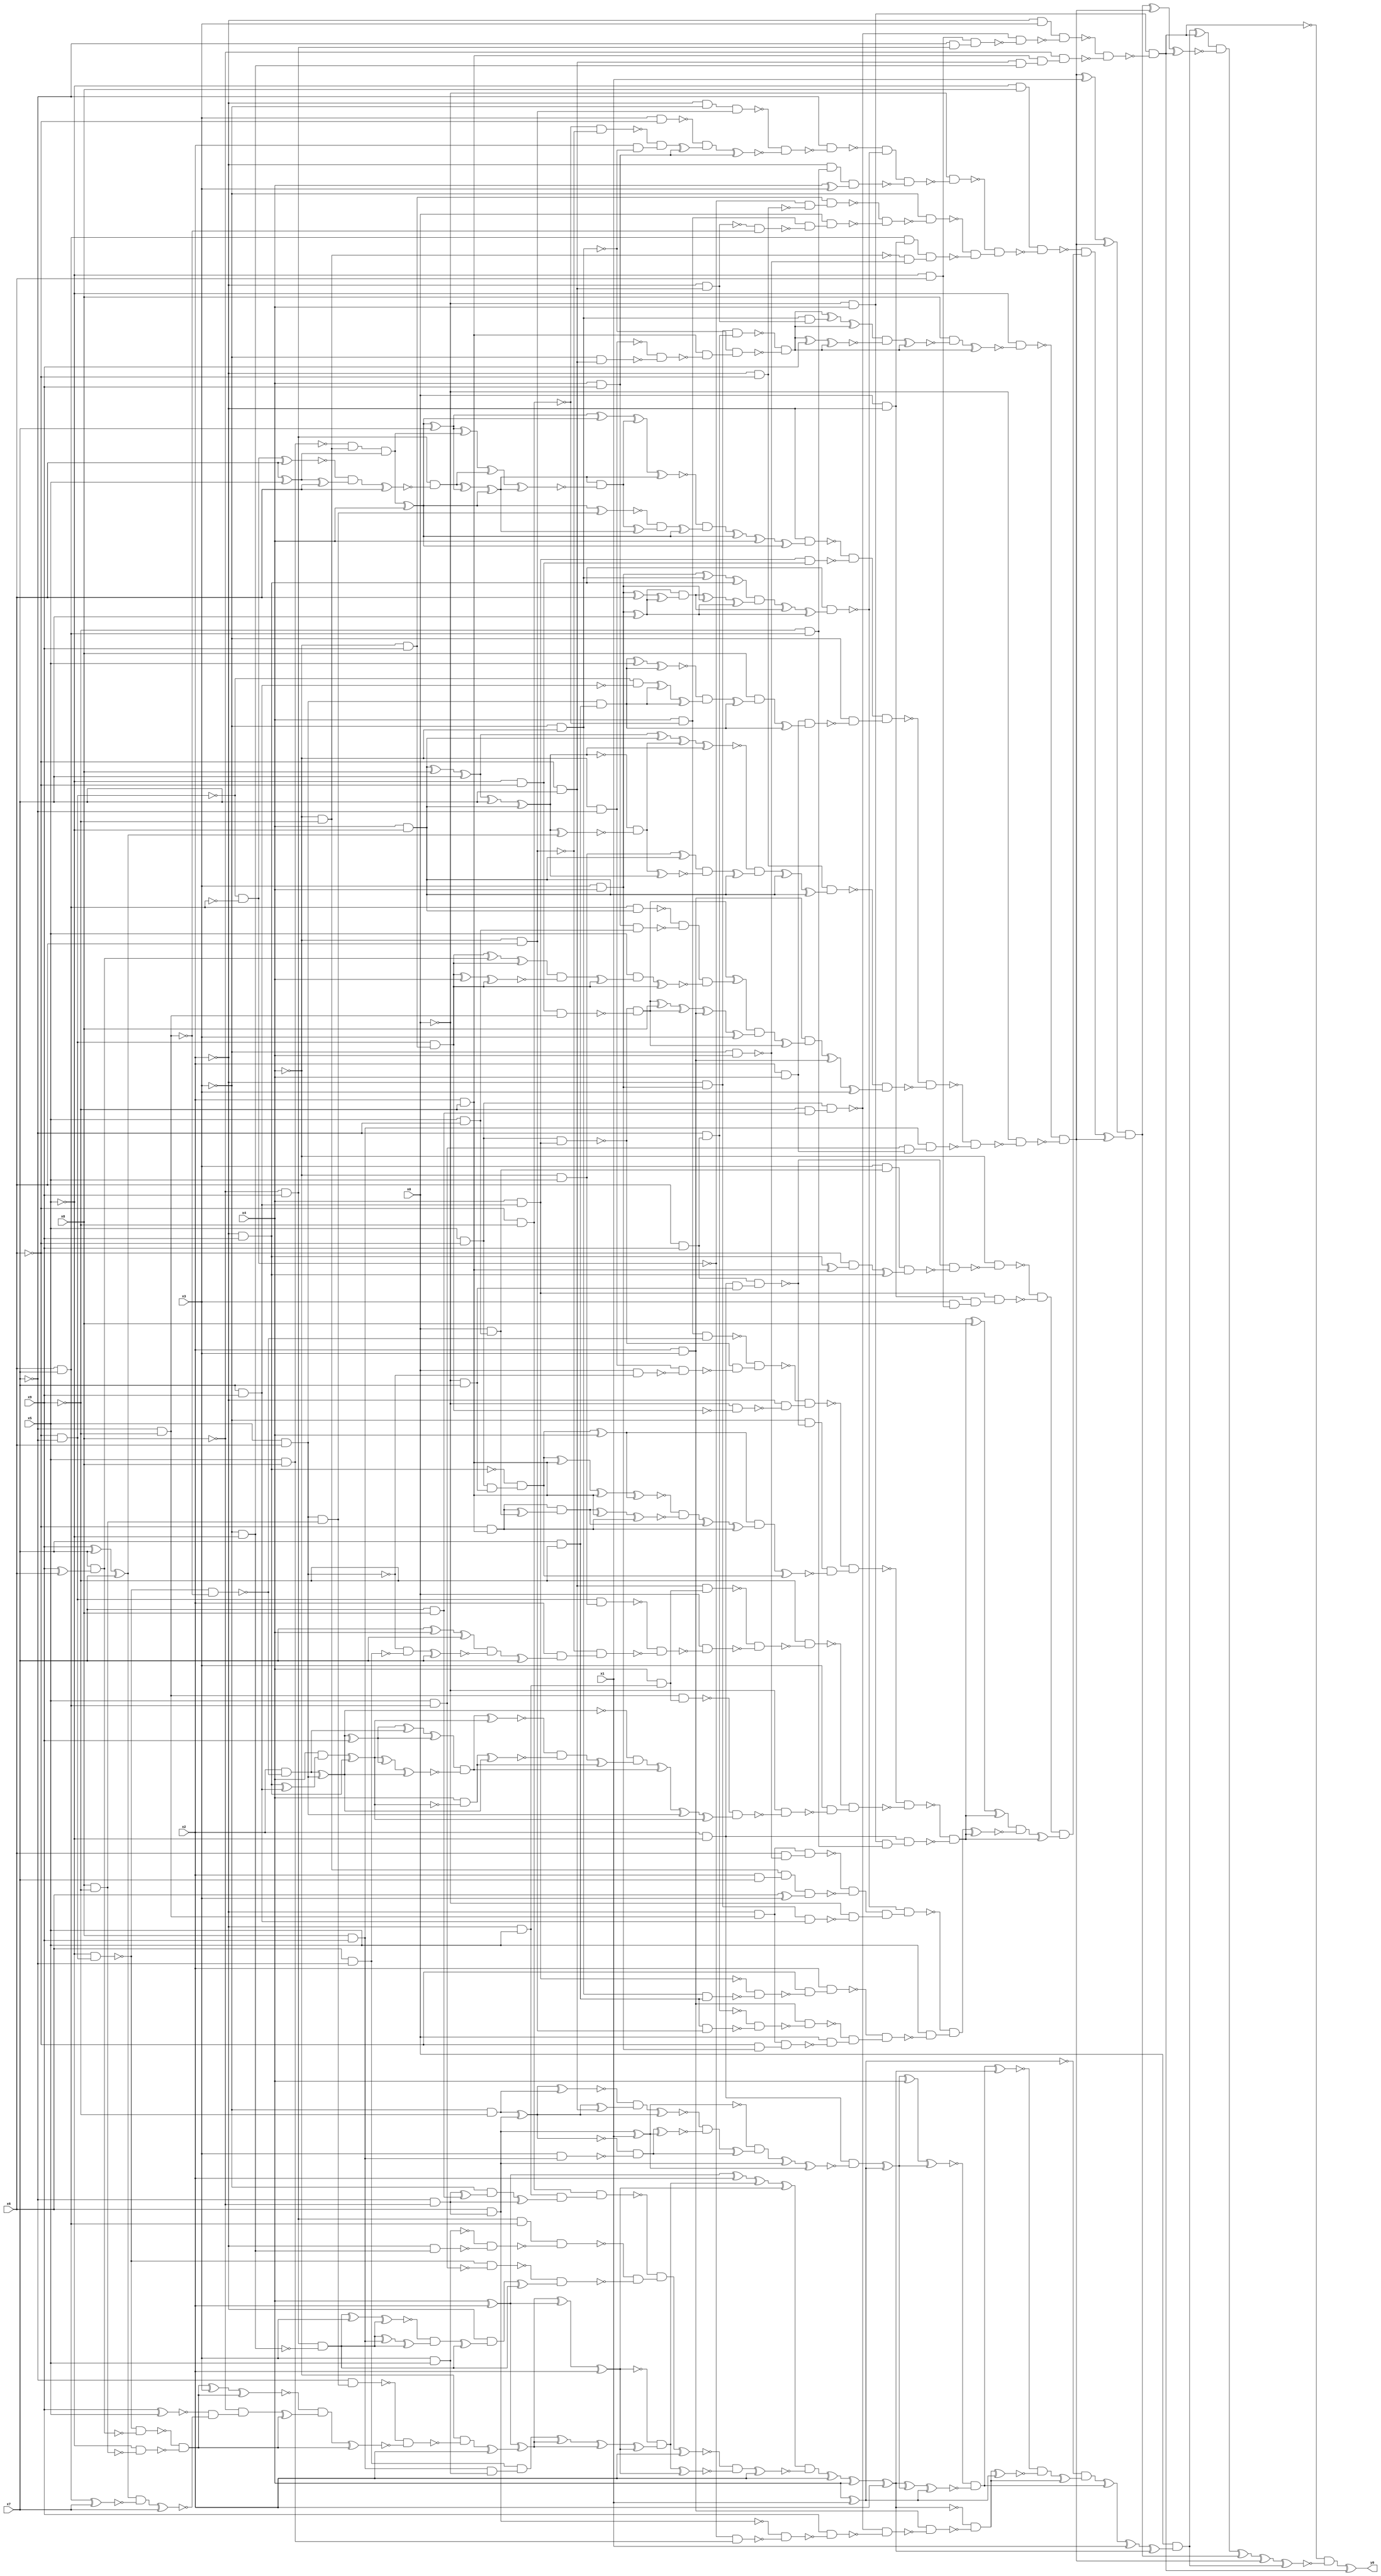
module top( x0 , x1 , x2 , x3 , x4 , x5 , x6 , x7 , x8 , x9 , y0 );
  input x0 , x1 , x2 , x3 , x4 , x5 , x6 , x7 , x8 , x9 ;
  output y0 ;
  wire n11 , n12 , n13 , n14 , n15 , n16 , n17 , n18 , n19 , n20 , n21 , n22 , n23 , n24 , n25 , n26 , n27 , n28 , n29 , n30 , n31 , n32 , n33 , n34 , n35 , n36 , n37 , n38 , n39 , n40 , n41 , n42 , n43 , n44 , n45 , n46 , n47 , n48 , n49 , n50 , n51 , n52 , n53 , n54 , n55 , n56 , n57 , n58 , n59 , n60 , n61 , n62 , n63 , n64 , n65 , n66 , n67 , n68 , n69 , n70 , n71 , n72 , n73 , n74 , n75 , n76 , n77 , n78 , n79 , n80 , n81 , n82 , n83 , n84 , n85 , n86 , n87 , n88 , n89 , n90 , n91 , n92 , n93 , n94 , n95 , n96 , n97 , n98 , n99 , n100 , n101 , n102 , n103 , n104 , n105 , n106 , n107 , n108 , n109 , n110 , n111 , n112 , n113 , n114 , n115 , n116 , n117 , n118 , n119 , n120 , n121 , n122 , n123 , n124 , n125 , n126 , n127 , n128 , n129 , n130 , n131 , n132 , n133 , n134 , n135 , n136 , n137 , n138 , n139 , n140 , n141 , n142 , n143 , n144 , n145 , n146 , n147 , n148 , n149 , n150 , n151 , n152 , n153 , n154 , n155 , n156 , n157 , n158 , n159 , n160 , n161 , n162 , n163 , n164 , n165 , n166 , n167 , n168 , n169 , n170 , n171 , n172 , n173 , n174 , n175 , n176 , n177 , n178 , n179 , n180 , n181 , n182 , n183 , n184 , n185 , n186 , n187 , n188 , n189 , n190 , n191 , n192 , n193 , n194 , n195 , n196 , n197 , n198 , n199 , n200 , n201 , n202 , n203 , n204 , n205 , n206 , n207 , n208 , n209 , n210 , n211 , n212 , n213 , n214 , n215 , n216 , n217 , n218 , n219 , n220 , n221 , n222 , n223 , n224 , n225 , n226 , n227 , n228 , n229 , n230 , n231 , n232 , n233 , n234 , n235 , n236 , n237 , n238 , n239 , n240 , n241 , n242 , n243 , n244 , n245 , n246 , n247 , n248 , n249 , n250 , n251 , n252 , n253 , n254 , n255 , n256 , n257 , n258 , n259 , n260 , n261 , n262 , n263 , n264 , n265 , n266 , n267 , n268 , n269 , n270 , n271 , n272 , n273 , n274 , n275 , n276 , n277 , n278 , n279 , n280 , n281 , n282 , n283 , n284 , n285 , n286 , n287 , n288 , n289 , n290 , n291 , n292 , n293 , n294 , n295 , n296 , n297 , n298 , n299 , n300 , n301 , n302 , n303 , n304 , n305 , n306 , n307 , n308 , n309 , n310 , n311 , n312 , n313 , n314 , n315 , n316 , n317 , n318 , n319 , n320 , n321 , n322 , n323 , n324 , n325 , n326 , n327 , n328 , n329 , n330 , n331 , n332 , n333 , n334 , n335 , n336 , n337 , n338 , n339 , n340 , n341 , n342 , n343 , n344 , n345 , n346 , n347 , n348 , n349 , n350 , n351 , n352 , n353 , n354 , n355 , n356 , n357 , n358 , n359 , n360 , n361 , n362 , n363 , n364 , n365 , n366 , n367 , n368 , n369 , n370 , n371 , n372 , n373 , n374 , n375 , n376 , n377 , n378 , n379 , n380 , n381 , n382 , n383 , n384 , n385 , n386 , n387 , n388 , n389 , n390 , n391 , n392 , n393 , n394 , n395 , n396 , n397 , n398 , n399 , n400 , n401 , n402 , n403 , n404 , n405 , n406 , n407 , n408 , n409 , n410 , n411 , n412 , n413 , n414 , n415 , n416 , n417 , n418 , n419 , n420 , n421 , n422 , n423 , n424 , n425 , n426 , n427 , n428 , n429 , n430 , n431 , n432 , n433 , n434 , n435 , n436 , n437 , n438 , n439 , n440 , n441 , n442 , n443 , n444 , n445 , n446 , n447 , n448 , n449 , n450 , n451 , n452 , n453 , n454 , n455 , n456 , n457 , n458 , n459 , n460 , n461 , n462 ;
  assign n11 = ~x0 & x4 ;
  assign n12 = ~x2 & x3 ;
  assign n13 = x5 & ~x6 ;
  assign n14 = x7 & x8 ;
  assign n15 = ~x9 & n14 ;
  assign n16 = n13 & n15 ;
  assign n17 = ~x5 & x6 ;
  assign n18 = ~x8 & x9 ;
  assign n19 = ~x7 & n18 ;
  assign n20 = n17 & n19 ;
  assign n21 = ~n16 & ~n20 ;
  assign n22 = n12 & ~n21 ;
  assign n23 = x2 & ~x9 ;
  assign n24 = ~x6 & x7 ;
  assign n25 = ~x3 & ~x5 ;
  assign n26 = n24 & n25 ;
  assign n27 = n23 & n26 ;
  assign n28 = ~x8 & n27 ;
  assign n29 = ~n22 & ~n28 ;
  assign n30 = n11 & ~n29 ;
  assign n31 = x4 ^ x1 ;
  assign n32 = x2 & ~x5 ;
  assign n33 = ~x7 & ~x8 ;
  assign n34 = x6 & n33 ;
  assign n35 = n34 ^ x1 ;
  assign n36 = ~x3 & ~x9 ;
  assign n37 = n36 ^ n34 ;
  assign n38 = n37 ^ n36 ;
  assign n39 = n37 ^ n24 ;
  assign n40 = ~n38 & n39 ;
  assign n41 = n40 ^ n37 ;
  assign n42 = x8 & x9 ;
  assign n43 = x3 & n42 ;
  assign n44 = ~n37 & ~n43 ;
  assign n45 = n44 ^ n35 ;
  assign n46 = ~n41 & ~n45 ;
  assign n47 = n46 ^ n44 ;
  assign n48 = ~n35 & n47 ;
  assign n49 = n48 ^ n34 ;
  assign n50 = n49 ^ n35 ;
  assign n51 = n32 & ~n50 ;
  assign n52 = n51 ^ n31 ;
  assign n53 = n52 ^ x4 ;
  assign n54 = n53 ^ n52 ;
  assign n83 = x4 ^ x2 ;
  assign n95 = n83 ^ x2 ;
  assign n55 = x5 & x6 ;
  assign n56 = x8 & ~x9 ;
  assign n57 = n55 & n56 ;
  assign n58 = ~x7 & n57 ;
  assign n59 = ~x6 & ~x7 ;
  assign n60 = ~x5 & n59 ;
  assign n61 = x9 ^ x6 ;
  assign n62 = x7 & n61 ;
  assign n63 = ~n60 & ~n62 ;
  assign n64 = ~x5 & ~n56 ;
  assign n65 = ~n63 & ~n64 ;
  assign n66 = n65 ^ x3 ;
  assign n67 = n66 ^ n65 ;
  assign n68 = x9 ^ x5 ;
  assign n69 = x9 ^ x7 ;
  assign n70 = n69 ^ x7 ;
  assign n71 = x6 & x7 ;
  assign n72 = n71 ^ x7 ;
  assign n73 = n70 & ~n72 ;
  assign n74 = n73 ^ x7 ;
  assign n75 = ~n68 & ~n74 ;
  assign n76 = ~x8 & n75 ;
  assign n77 = n76 ^ n65 ;
  assign n78 = ~n67 & n77 ;
  assign n79 = n78 ^ n65 ;
  assign n80 = ~n58 & ~n79 ;
  assign n81 = ~x4 & ~n80 ;
  assign n82 = n81 ^ x2 ;
  assign n84 = n83 ^ n82 ;
  assign n85 = n84 ^ n83 ;
  assign n86 = n85 ^ x2 ;
  assign n87 = x6 & ~x7 ;
  assign n88 = x3 & x5 ;
  assign n89 = n42 & n88 ;
  assign n90 = n87 & n89 ;
  assign n91 = n90 ^ n84 ;
  assign n92 = n91 ^ n84 ;
  assign n93 = n92 ^ n86 ;
  assign n94 = ~n86 & n93 ;
  assign n96 = n95 ^ n94 ;
  assign n97 = n96 ^ n86 ;
  assign n98 = ~x6 & ~x9 ;
  assign n99 = ~x2 & x5 ;
  assign n100 = n33 ^ n14 ;
  assign n101 = ~x3 & n100 ;
  assign n102 = n101 ^ n33 ;
  assign n103 = n99 & n102 ;
  assign n104 = n98 & n103 ;
  assign n105 = n18 & n71 ;
  assign n106 = ~x2 & n25 ;
  assign n107 = ~n88 & ~n106 ;
  assign n108 = n105 & ~n107 ;
  assign n109 = x5 & n71 ;
  assign n110 = ~n60 & ~n109 ;
  assign n111 = n18 & ~n25 ;
  assign n112 = n111 ^ x3 ;
  assign n113 = n112 ^ n111 ;
  assign n114 = n111 ^ n42 ;
  assign n115 = n114 ^ n111 ;
  assign n116 = ~n113 & n115 ;
  assign n117 = n116 ^ n111 ;
  assign n118 = ~x2 & n117 ;
  assign n119 = n118 ^ n111 ;
  assign n120 = ~n110 & n119 ;
  assign n121 = ~n108 & ~n120 ;
  assign n122 = ~n104 & n121 ;
  assign n123 = n122 ^ x2 ;
  assign n124 = n94 ^ n86 ;
  assign n125 = ~n123 & ~n124 ;
  assign n126 = n125 ^ x2 ;
  assign n127 = n97 & ~n126 ;
  assign n128 = n127 ^ x2 ;
  assign n129 = n128 ^ x4 ;
  assign n130 = n129 ^ x2 ;
  assign n131 = n130 ^ n52 ;
  assign n132 = n131 ^ n31 ;
  assign n133 = ~n54 & ~n132 ;
  assign n134 = n133 ^ n130 ;
  assign n135 = x2 & x3 ;
  assign n136 = ~n59 & ~n71 ;
  assign n137 = x5 & x8 ;
  assign n138 = ~n136 & n137 ;
  assign n139 = ~n34 & ~n138 ;
  assign n140 = x9 & ~n139 ;
  assign n141 = ~n16 & ~n140 ;
  assign n142 = n135 & ~n141 ;
  assign n143 = ~n130 & ~n142 ;
  assign n144 = n143 ^ n31 ;
  assign n145 = ~n134 & ~n144 ;
  assign n146 = n145 ^ n143 ;
  assign n147 = ~n31 & n146 ;
  assign n148 = n147 ^ n133 ;
  assign n149 = n148 ^ x1 ;
  assign n150 = n149 ^ n130 ;
  assign n151 = x0 & n150 ;
  assign n152 = n151 ^ n30 ;
  assign n156 = x3 & x4 ;
  assign n157 = ~x2 & n156 ;
  assign n158 = x6 & x9 ;
  assign n159 = ~x7 & n158 ;
  assign n160 = n157 & n159 ;
  assign n153 = ~x3 & ~x4 ;
  assign n161 = ~x4 & ~x7 ;
  assign n162 = ~x3 & n24 ;
  assign n163 = ~n161 & ~n162 ;
  assign n164 = n23 & ~n163 ;
  assign n165 = ~n153 & n164 ;
  assign n166 = ~n160 & ~n165 ;
  assign n154 = ~x2 & n24 ;
  assign n155 = n153 & n154 ;
  assign n167 = n166 ^ n155 ;
  assign n168 = n167 ^ n166 ;
  assign n169 = n166 ^ x9 ;
  assign n170 = n169 ^ n166 ;
  assign n171 = n168 & ~n170 ;
  assign n172 = n171 ^ n166 ;
  assign n173 = x8 & ~n172 ;
  assign n174 = n173 ^ n166 ;
  assign n175 = ~x5 & ~n174 ;
  assign n176 = ~x4 & ~x9 ;
  assign n177 = ~n137 & n176 ;
  assign n178 = x6 ^ x5 ;
  assign n179 = n177 & n178 ;
  assign n180 = n179 ^ x4 ;
  assign n181 = n180 ^ x7 ;
  assign n193 = n181 ^ n180 ;
  assign n182 = n136 ^ x6 ;
  assign n183 = n178 ^ x6 ;
  assign n184 = ~n182 & n183 ;
  assign n185 = n184 ^ x6 ;
  assign n186 = n18 & ~n185 ;
  assign n187 = n186 ^ n181 ;
  assign n188 = n187 ^ n180 ;
  assign n189 = n181 ^ n179 ;
  assign n190 = n189 ^ n186 ;
  assign n191 = n190 ^ n188 ;
  assign n192 = n188 & ~n191 ;
  assign n194 = n193 ^ n192 ;
  assign n195 = n194 ^ n188 ;
  assign n196 = n180 ^ n57 ;
  assign n197 = n192 ^ n188 ;
  assign n198 = ~n196 & n197 ;
  assign n199 = n198 ^ n180 ;
  assign n200 = ~n195 & n199 ;
  assign n201 = n200 ^ n180 ;
  assign n202 = n201 ^ x4 ;
  assign n203 = n202 ^ n180 ;
  assign n204 = ~x2 & n203 ;
  assign n205 = x7 & x9 ;
  assign n206 = x4 & n205 ;
  assign n207 = ~x5 & ~x6 ;
  assign n208 = n206 & n207 ;
  assign n209 = ~n204 & ~n208 ;
  assign n210 = x2 & x4 ;
  assign n211 = x7 & ~x9 ;
  assign n212 = n55 & n211 ;
  assign n213 = n212 ^ x5 ;
  assign n214 = n213 ^ n212 ;
  assign n215 = ~n59 & ~n205 ;
  assign n216 = n215 ^ n212 ;
  assign n217 = n216 ^ n212 ;
  assign n218 = ~n214 & n217 ;
  assign n219 = n218 ^ n212 ;
  assign n220 = x8 & n219 ;
  assign n221 = n220 ^ n212 ;
  assign n222 = n210 & n221 ;
  assign n223 = ~x3 & ~n222 ;
  assign n224 = n209 & n223 ;
  assign n225 = ~x2 & ~x6 ;
  assign n226 = x4 & ~x5 ;
  assign n227 = n226 ^ x8 ;
  assign n228 = n227 ^ x7 ;
  assign n233 = n228 ^ n226 ;
  assign n229 = n228 ^ x7 ;
  assign n230 = n229 ^ n226 ;
  assign n231 = n230 ^ n70 ;
  assign n232 = ~n230 & ~n231 ;
  assign n234 = n233 ^ n232 ;
  assign n235 = n234 ^ n230 ;
  assign n236 = ~x4 & x5 ;
  assign n237 = n236 ^ n226 ;
  assign n238 = n232 ^ n230 ;
  assign n239 = n237 & ~n238 ;
  assign n240 = n239 ^ n226 ;
  assign n241 = ~n235 & n240 ;
  assign n242 = n241 ^ n226 ;
  assign n243 = n242 ^ n226 ;
  assign n244 = n225 & n243 ;
  assign n261 = n13 & n206 ;
  assign n262 = ~x7 & ~x9 ;
  assign n263 = n207 & n262 ;
  assign n264 = ~n261 & ~n263 ;
  assign n245 = n71 & n226 ;
  assign n246 = x4 & x9 ;
  assign n247 = x5 & ~x7 ;
  assign n248 = n246 & n247 ;
  assign n249 = ~n245 & ~n248 ;
  assign n250 = ~x4 & x9 ;
  assign n251 = n59 & n250 ;
  assign n252 = n251 ^ n62 ;
  assign n253 = n252 ^ n251 ;
  assign n254 = n251 ^ x4 ;
  assign n255 = n254 ^ n251 ;
  assign n256 = n253 & ~n255 ;
  assign n257 = n256 ^ n251 ;
  assign n258 = x5 & n257 ;
  assign n259 = n258 ^ n251 ;
  assign n260 = n249 & ~n259 ;
  assign n265 = n264 ^ n260 ;
  assign n266 = n264 ^ x8 ;
  assign n267 = n266 ^ n264 ;
  assign n268 = n267 ^ n135 ;
  assign n269 = n268 ^ x3 ;
  assign n270 = n265 & n269 ;
  assign n271 = n270 ^ n264 ;
  assign n272 = n135 & n271 ;
  assign n273 = n272 ^ n135 ;
  assign n274 = n273 ^ x3 ;
  assign n275 = ~n244 & n274 ;
  assign n276 = ~n224 & ~n275 ;
  assign n277 = n109 & n210 ;
  assign n278 = n42 & n277 ;
  assign n279 = ~n276 & ~n278 ;
  assign n280 = ~x0 & ~n279 ;
  assign n281 = ~n175 & ~n280 ;
  assign n282 = n281 ^ x1 ;
  assign n283 = n282 ^ n281 ;
  assign n284 = ~x5 & x8 ;
  assign n285 = ~x2 & ~x3 ;
  assign n286 = ~x4 & x6 ;
  assign n287 = n285 & n286 ;
  assign n288 = x3 & ~x6 ;
  assign n289 = ~n98 & ~n286 ;
  assign n290 = x2 & ~n153 ;
  assign n291 = ~n289 & n290 ;
  assign n292 = n291 ^ n246 ;
  assign n293 = ~n288 & n292 ;
  assign n294 = n293 ^ n246 ;
  assign n295 = ~n287 & ~n294 ;
  assign n296 = ~x7 & ~n295 ;
  assign n297 = ~x2 & x9 ;
  assign n298 = n156 ^ n153 ;
  assign n299 = n298 ^ n297 ;
  assign n300 = n156 ^ x7 ;
  assign n301 = n156 ^ x6 ;
  assign n302 = n301 ^ n300 ;
  assign n303 = n300 & n302 ;
  assign n304 = n303 ^ n156 ;
  assign n305 = n304 ^ n300 ;
  assign n306 = n299 & n305 ;
  assign n307 = n306 ^ n303 ;
  assign n308 = n307 ^ n300 ;
  assign n309 = n297 & n308 ;
  assign n310 = ~n296 & ~n309 ;
  assign n311 = ~x9 & n71 ;
  assign n312 = ~x2 & n311 ;
  assign n313 = x4 ^ x3 ;
  assign n314 = n312 & n313 ;
  assign n315 = n310 & ~n314 ;
  assign n316 = ~x0 & ~n315 ;
  assign n317 = ~n136 & ~n225 ;
  assign n318 = n250 & n317 ;
  assign n319 = x4 & ~n98 ;
  assign n320 = ~n154 & ~n262 ;
  assign n321 = n319 & ~n320 ;
  assign n322 = x0 & n321 ;
  assign n323 = ~n318 & ~n322 ;
  assign n324 = ~x3 & ~n323 ;
  assign n325 = x0 & ~x2 ;
  assign n326 = n71 & n325 ;
  assign n327 = ~x3 & x4 ;
  assign n328 = ~n176 & ~n327 ;
  assign n329 = n326 & n328 ;
  assign n330 = ~n324 & ~n329 ;
  assign n331 = ~n316 & n330 ;
  assign n332 = n284 & ~n331 ;
  assign n333 = ~x0 & x7 ;
  assign n334 = n32 & n333 ;
  assign n335 = n158 & n334 ;
  assign n336 = x0 & n247 ;
  assign n337 = x3 & n336 ;
  assign n338 = n297 ^ n23 ;
  assign n339 = ~x6 & n338 ;
  assign n340 = n339 ^ n297 ;
  assign n341 = n337 & n340 ;
  assign n342 = ~n335 & ~n341 ;
  assign n343 = ~x4 & ~n342 ;
  assign n344 = x3 & n17 ;
  assign n345 = n325 & n344 ;
  assign n346 = n206 & n345 ;
  assign n347 = ~n343 & ~n346 ;
  assign n348 = ~n60 & ~n262 ;
  assign n349 = n319 & ~n348 ;
  assign n350 = x0 & ~n55 ;
  assign n351 = n161 & ~n350 ;
  assign n352 = ~n261 & ~n351 ;
  assign n353 = ~n349 & n352 ;
  assign n354 = ~x0 & ~n251 ;
  assign n355 = ~x2 & ~n354 ;
  assign n356 = ~n353 & n355 ;
  assign n357 = ~x3 & ~n335 ;
  assign n358 = n13 & n333 ;
  assign n359 = ~n297 & n358 ;
  assign n360 = n359 ^ x4 ;
  assign n361 = n359 ^ n23 ;
  assign n362 = n361 ^ n23 ;
  assign n363 = n362 ^ n360 ;
  assign n364 = ~x6 & n23 ;
  assign n365 = n364 ^ n336 ;
  assign n366 = n364 & n365 ;
  assign n367 = n366 ^ n23 ;
  assign n368 = n367 ^ n364 ;
  assign n369 = ~n363 & ~n368 ;
  assign n370 = n369 ^ n366 ;
  assign n371 = n370 ^ n364 ;
  assign n372 = n360 & n371 ;
  assign n373 = n372 ^ n359 ;
  assign n374 = n357 & ~n373 ;
  assign n375 = ~n356 & n374 ;
  assign n376 = x4 & n99 ;
  assign n377 = n24 & n376 ;
  assign n378 = n59 & n236 ;
  assign n379 = x7 ^ x4 ;
  assign n380 = n379 ^ x7 ;
  assign n381 = ~n55 & ~n87 ;
  assign n382 = n381 ^ x7 ;
  assign n383 = n380 & ~n382 ;
  assign n384 = n383 ^ x7 ;
  assign n385 = x2 & n384 ;
  assign n386 = ~n286 & n385 ;
  assign n387 = ~n378 & ~n386 ;
  assign n388 = x0 & ~n387 ;
  assign n389 = ~n377 & ~n388 ;
  assign n390 = ~x9 & ~n389 ;
  assign n391 = n262 & n376 ;
  assign n392 = x2 & ~n348 ;
  assign n393 = n392 ^ n55 ;
  assign n394 = n393 ^ x9 ;
  assign n395 = n394 ^ n392 ;
  assign n396 = n395 ^ n394 ;
  assign n397 = n297 ^ n205 ;
  assign n398 = x4 & n397 ;
  assign n399 = n398 ^ n297 ;
  assign n400 = n399 ^ n394 ;
  assign n401 = n400 ^ n393 ;
  assign n402 = n396 & ~n401 ;
  assign n403 = n402 ^ n399 ;
  assign n404 = x4 & ~n399 ;
  assign n405 = n404 ^ n393 ;
  assign n406 = ~n403 & ~n405 ;
  assign n407 = n406 ^ n404 ;
  assign n408 = ~n393 & n407 ;
  assign n409 = n408 ^ n402 ;
  assign n410 = n409 ^ n55 ;
  assign n411 = n410 ^ n399 ;
  assign n412 = ~n391 & n411 ;
  assign n413 = ~x0 & ~n412 ;
  assign n414 = x3 & ~n413 ;
  assign n415 = ~n390 & n414 ;
  assign n416 = ~n375 & ~n415 ;
  assign n417 = n11 & n311 ;
  assign n418 = n32 & n417 ;
  assign n419 = ~n416 & ~n418 ;
  assign n420 = n419 ^ x8 ;
  assign n421 = n420 ^ n419 ;
  assign n422 = ~x2 & n262 ;
  assign n423 = x6 & ~n327 ;
  assign n424 = n422 & n423 ;
  assign n425 = x2 & x7 ;
  assign n426 = n176 & n425 ;
  assign n427 = x6 ^ x3 ;
  assign n428 = n426 & n427 ;
  assign n429 = ~n424 & ~n428 ;
  assign n430 = n157 & n205 ;
  assign n431 = ~x0 & ~n430 ;
  assign n432 = n429 & n431 ;
  assign n433 = ~n309 & n432 ;
  assign n434 = n153 & n211 ;
  assign n435 = ~n206 & ~n434 ;
  assign n436 = ~x6 & ~n435 ;
  assign n437 = x2 & n436 ;
  assign n438 = n211 & n286 ;
  assign n439 = ~n159 & ~n438 ;
  assign n440 = n135 & ~n439 ;
  assign n441 = ~x6 & n156 ;
  assign n442 = n422 & n441 ;
  assign n443 = x0 & ~n442 ;
  assign n444 = ~n440 & n443 ;
  assign n445 = ~n437 & n444 ;
  assign n446 = x5 & ~n445 ;
  assign n447 = ~n433 & n446 ;
  assign n448 = n447 ^ n419 ;
  assign n449 = n421 & ~n448 ;
  assign n450 = n449 ^ n419 ;
  assign n451 = n347 & n450 ;
  assign n452 = ~n332 & n451 ;
  assign n453 = n452 ^ n281 ;
  assign n454 = n283 & n453 ;
  assign n455 = n454 ^ n281 ;
  assign n456 = n455 ^ n30 ;
  assign n457 = n152 & ~n456 ;
  assign n458 = n457 ^ n454 ;
  assign n459 = n458 ^ n281 ;
  assign n460 = n459 ^ n151 ;
  assign n461 = ~n30 & ~n460 ;
  assign n462 = n461 ^ n30 ;
  assign y0 = n462 ;
endmodule